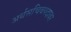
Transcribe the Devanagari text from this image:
अर्थसचिवपदावर